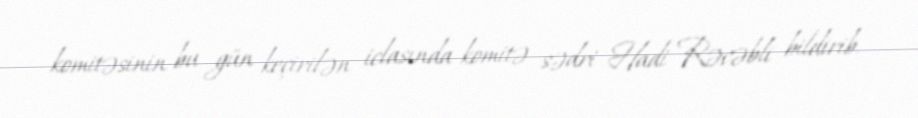
komitəsinin bu gün keçirilən iclasında komitə sədri Hadi Rəcəbli bildirib.